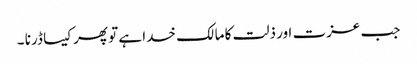
جب عزت اور ذلت کا مالک خدا ہے تو پھر کیسا ڈرنا ۔